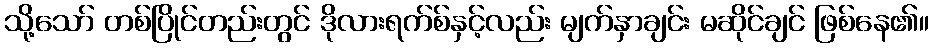
သို့သော် တစ်ပြိုင်တည်းတွင် ဒိုလားရက်စ်နှင့်လည်း မျက်နှာချင်း မဆိုင်ချင် ဖြစ်နေ၏။